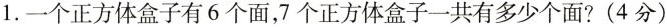
1.一个正方体盒子有6个面，7个正方体盒子一共有多少个面?(4分)